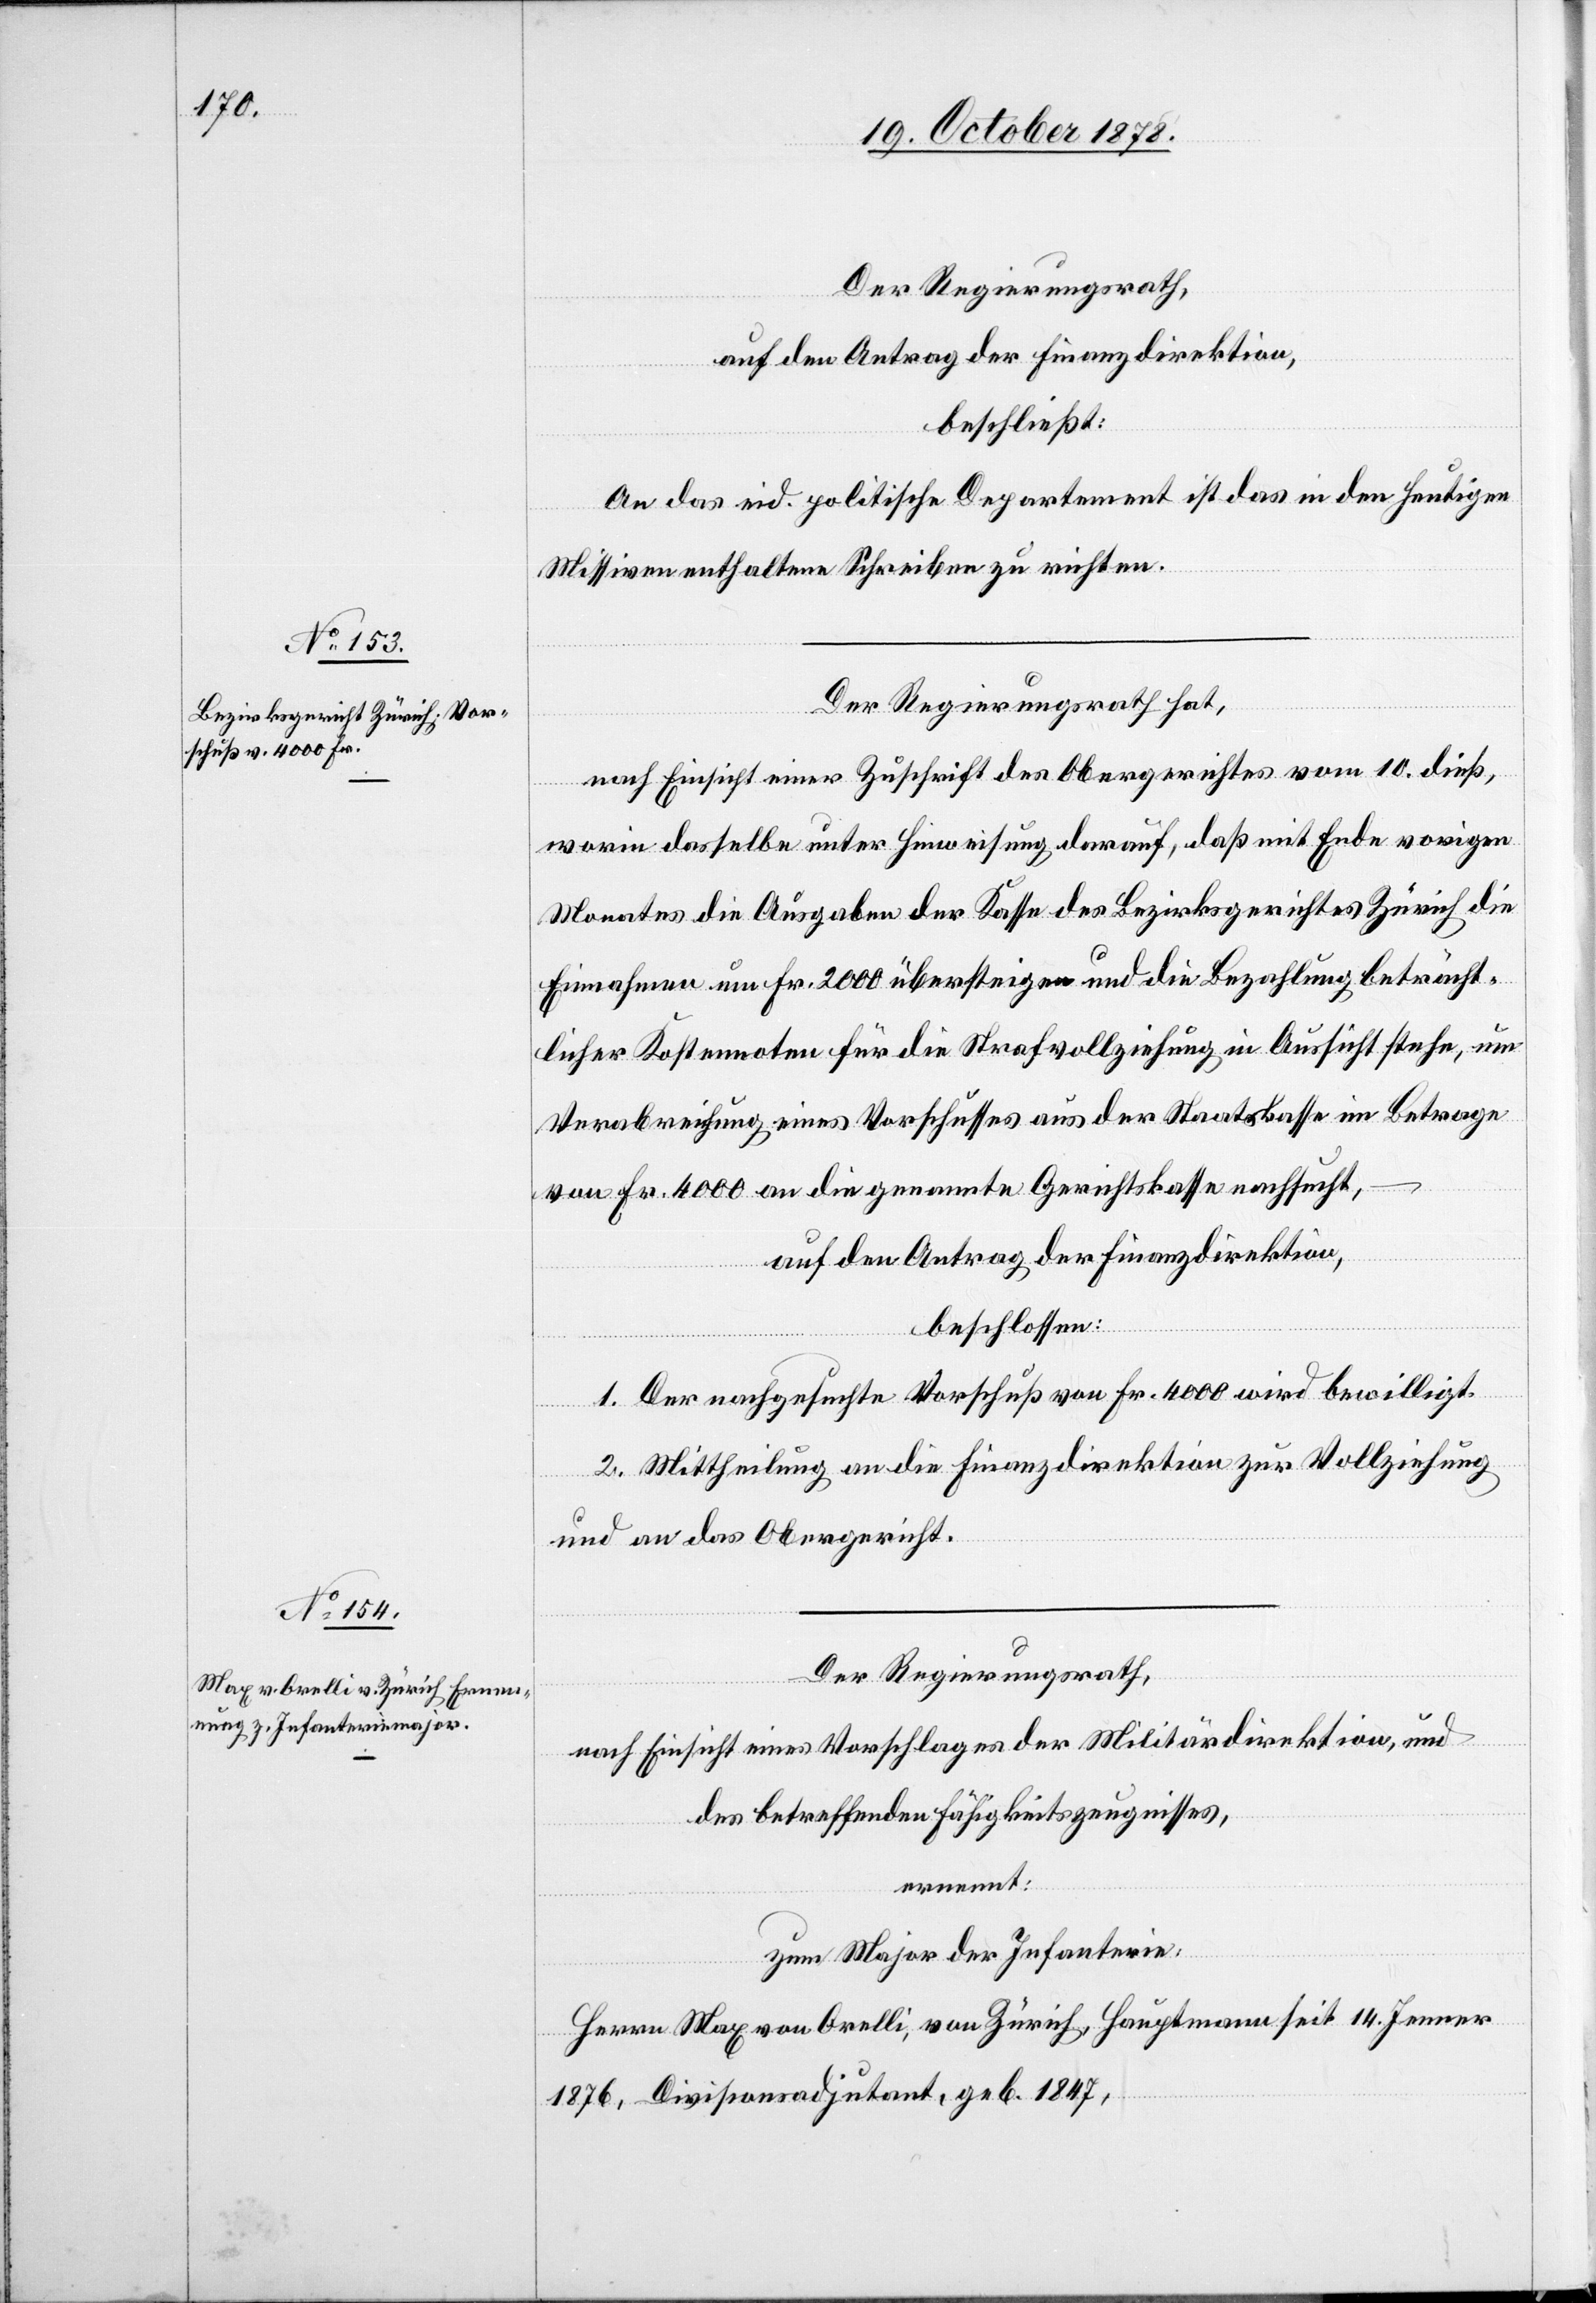
Der Regierungsrath,
auf den Antrag der Finanzdirektion,
beschließt:
An das eid. politische Departement ist das in den heutigen
Missiven enthaltene Schreiben zu richten.
Der Regierungsrath hat,
nach Einsicht einer Zuschrift des Obergerichtes vom 10. dieß,
worin derselbe unter Hinweisung darauf, daß mit Ende vorigen
Monates die Ausgaben der Kasse des Bezirksgerichtes Zürich die
Einnahmen um Fr. 2000 übersteigen und die Bezahlung beträcht¬
licher Kostennoten für die Strafvollziehung in Aussicht stehe, um
Verabreichung eines Vorschusses aus der Staatskasse im Betrage
von Fr. 4000 an die genannte Gerichtskasse nachsucht,
auf den Antrag der Finanzdirektion,
beschlossen:
1. Der nachgesuchte Vorschuß von Fr. 4000 wird bewilligt.
2. Mittheilung an die Finanzdirektion zur Vollziehung
und an das Obergericht.
Der Regierungsrath,
nach Einsicht eines Vorschlages der Militärdirektion, und
des betreffenden Fähigkeitszeugnisses,
ernennt:
zum Major der Infanterie:
Herrn Max von Orelli, von Zürich, Hauptmann seit 14. Jenner
1876, Divisionsadjutant, geb. 1847,